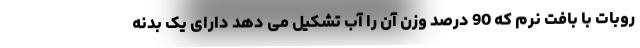
روبات با بافت نرم که 90 درصد وزن آن را آب تشکیل می دهد دارای یک بدنه